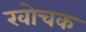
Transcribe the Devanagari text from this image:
खोचक